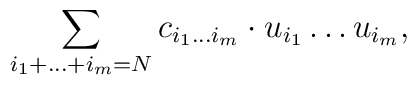
\sum_{i_1+\dots+i_m=N} c_{i_1\dots i_m} \cdot u_{i_1}\dots u_{i_m},